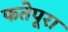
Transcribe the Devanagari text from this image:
फतेपूरा